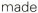
made